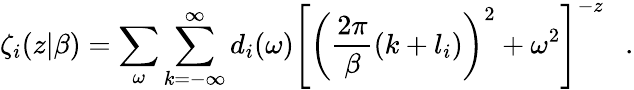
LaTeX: \zeta_{i}(z|\beta)=\sum_{\omega}\sum_{k=-\infty}^{\infty}d_{i}(\omega)\left[\left({\frac{2\pi}{\beta}}(k+l_{i})\right)^{2}+\omega^{2}\right]^{-z}~~~.